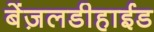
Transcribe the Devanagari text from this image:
बेंज़लडीहाईड